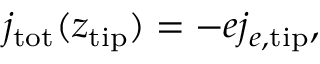
j _ { \mathrm { t o t } } ( z _ { \mathrm { t i p } } ) = - e j _ { e , \mathrm { t i p } } ,